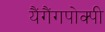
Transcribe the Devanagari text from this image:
यैंगैंगपोक्पी